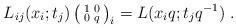
LaTeX: \begin{align*}L_{ij}(x_{i};t_{j})\left( \begin{smallmatrix}1 & 0 \\ 0 & q\end{smallmatrix}\right) _{i}=L(x_{i}q;t_{j}q^{-1})\;. \end{align*}